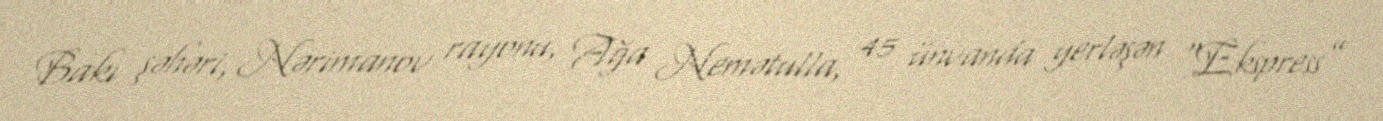
Bakı şəhəri, Nərimanov rayonu, Ağa Nemətulla, 45 ünvanda yerləşən “Ekspress”